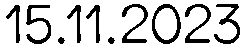
15.11.2023